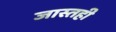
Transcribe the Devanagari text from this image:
जास्तही